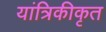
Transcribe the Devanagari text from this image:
यांत्रिकीकृत